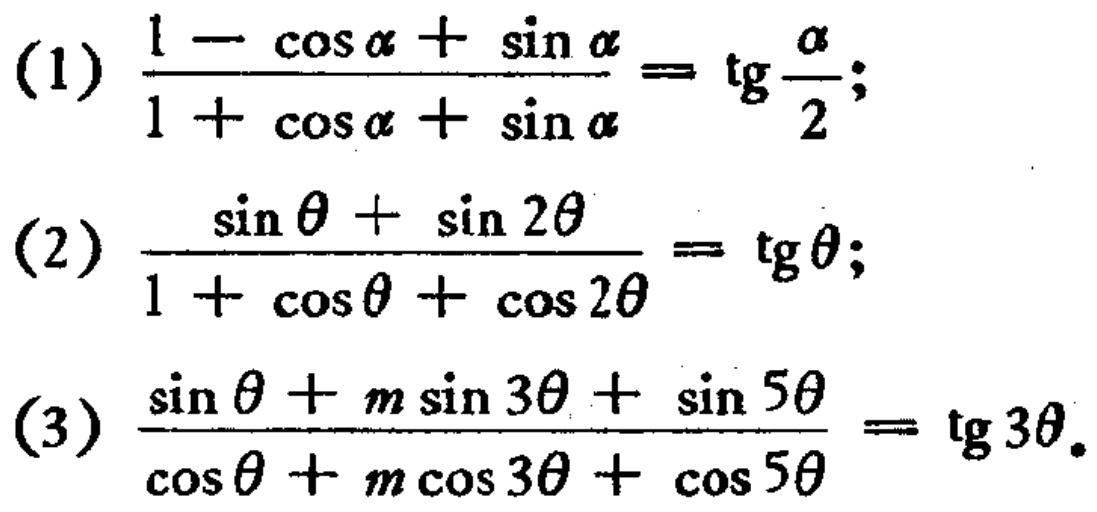
(1) \(\frac{1 - \cos\alpha+\sin\alpha}{1 + \cos\alpha+\sin\alpha}=\mathrm{tg}\frac{\alpha}{2}\);

(2) \(\frac{\sin\theta+\sin2\theta}{1 + \cos\theta+\cos2\theta}=\mathrm{tg}\theta\);

(3) \(\frac{\sin\theta+m\sin3\theta+\sin5\theta}{\cos\theta+m\cos3\theta+\cos5\theta}=\mathrm{tg}3\theta\).